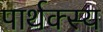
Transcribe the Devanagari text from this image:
पार्थक्स्य